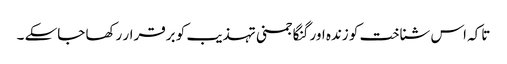
تاکہ اس شناخت کو زندہ اور گنگا جمنی تہذیب کو برقرار رکھا جاسکے ۔